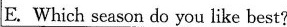
E.Which season do you like best?